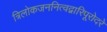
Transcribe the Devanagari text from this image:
त्रिलोकजननित्वद्वारिपूरोदरे